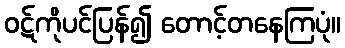
ဝဋ်ကိုပင်ပြန်၍ တောင့်တနေကြပုံ။